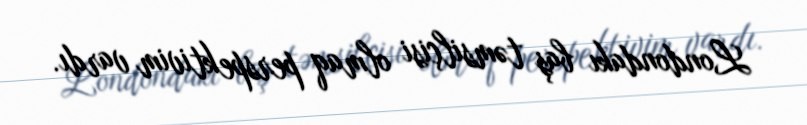
Londondakı baş təmsilçisi olmaq perspektivim vardı.